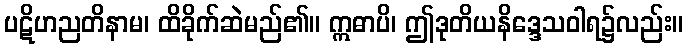
ပဋိဟညတိနာမ၊ ထိခိုက်ဆဲမည်၏။ ဣဓာပိ၊ ဤဒုတိယနိဒ္ဒေသဝါရ၌လည်း။